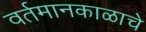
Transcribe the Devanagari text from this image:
वर्तमानकाळाचे